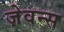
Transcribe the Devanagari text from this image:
ज़ेवन्स